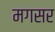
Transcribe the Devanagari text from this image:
मगसर